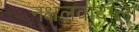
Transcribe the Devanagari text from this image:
नक्षलवादाला